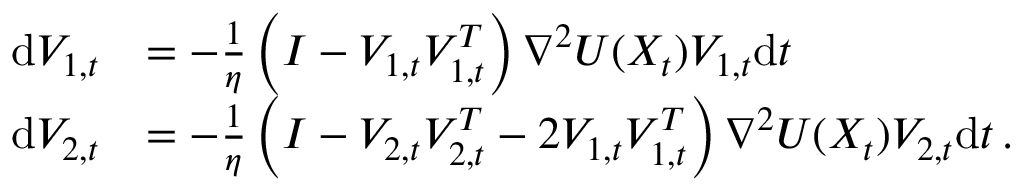
\begin{array} { r l } { \mathrm { d } V _ { 1 , t } } & { = - \frac { 1 } \eta \left( I - V _ { 1 , t } V _ { 1 , t } ^ { T } \right) \nabla ^ { 2 } U ( X _ { t } ) V _ { 1 , t } \mathrm { d } t } \\ { \mathrm { d } V _ { 2 , t } } & { = - \frac { 1 } \eta \left( I - V _ { 2 , t } V _ { 2 , t } ^ { T } - 2 V _ { 1 , t } V _ { 1 , t } ^ { T } \right) \nabla ^ { 2 } U ( X _ { t } ) V _ { 2 , t } \mathrm { d } t \, . } \end{array}